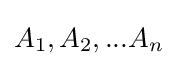
A_{1},A_{2},...A_{n}